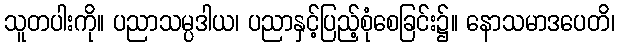
သူတပါးကို။ ပညာသမ္ပဒါယ၊ ပညာနှင့်ပြည့်စုံစေခြင်း၌။ နောသမာဒပေတိ၊